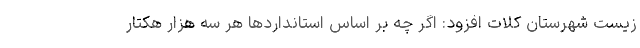
زیست شهرستان کلات افزود: اگر چه بر اساس استانداردها هر سه هزار هکتار